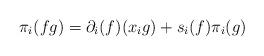
LaTeX: \begin{align*}\pi_i(fg) = \partial_i(f) (x_i g) + s_i(f) \pi_i(g)\end{align*}